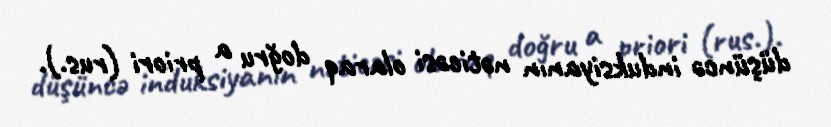
düşüncə induksiyanın nəticəsi olaraq doğru a priori (rus.).